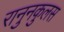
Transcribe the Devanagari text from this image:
रानुनकुलस